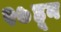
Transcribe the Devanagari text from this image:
२७हून